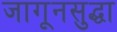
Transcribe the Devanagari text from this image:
जागूनसुद्धा